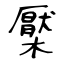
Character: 檿